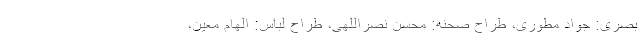
بصری: جواد مطوری، طراح صحنه: محسن نصراللهی، طراح لباس: الهام معین،